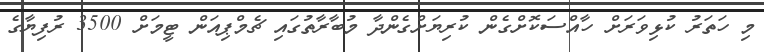
މި ހަަތަރު ކުޅިވަރަށް ހާއްސަކޮށްގެން ކުރިޔަށްގެންދާ މުބާރާތުގައި ޗެމްޕިއަން ޓީމަށް 3500 ރުފިޔާގެ